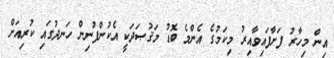
އިން މިހާރު ފަށާފައިވާއިރު މިކަމުގެ އެންމެ ބޮޑު މަޤުޞަދަކީ އެކުންފުނިން ހަނދުގައި ކުރިއަށް